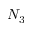
N _ { 3 }